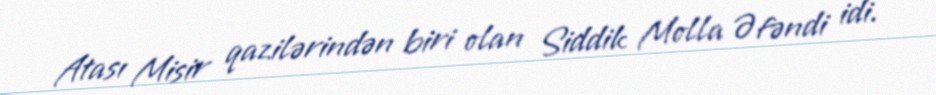
Atası Misir qazilərindən biri olan Siddik Molla Əfəndi idi.